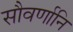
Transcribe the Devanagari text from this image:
सौवर्णानि